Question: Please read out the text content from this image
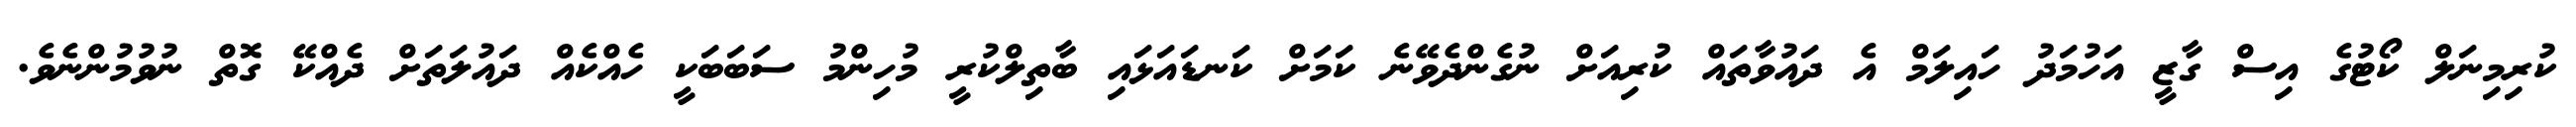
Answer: ކުރިމިނަލް ކޯޓުގެ އިސް ގާޒީ އަހުމަދު ހައިލަމް އެ ދައުވާތައް ކުރިއަށް ނުގެންދެވޭނެ ކަމަށް ކަނޑައަޅައި ބާތިލްކުރީ މުހިންމު ސަބަބަކީ ހެއްކެއް ދައުލަތަށް ދެއްކޭ ގޮތް ނުވުމުންނެވެ.